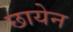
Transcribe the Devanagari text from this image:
छायेन